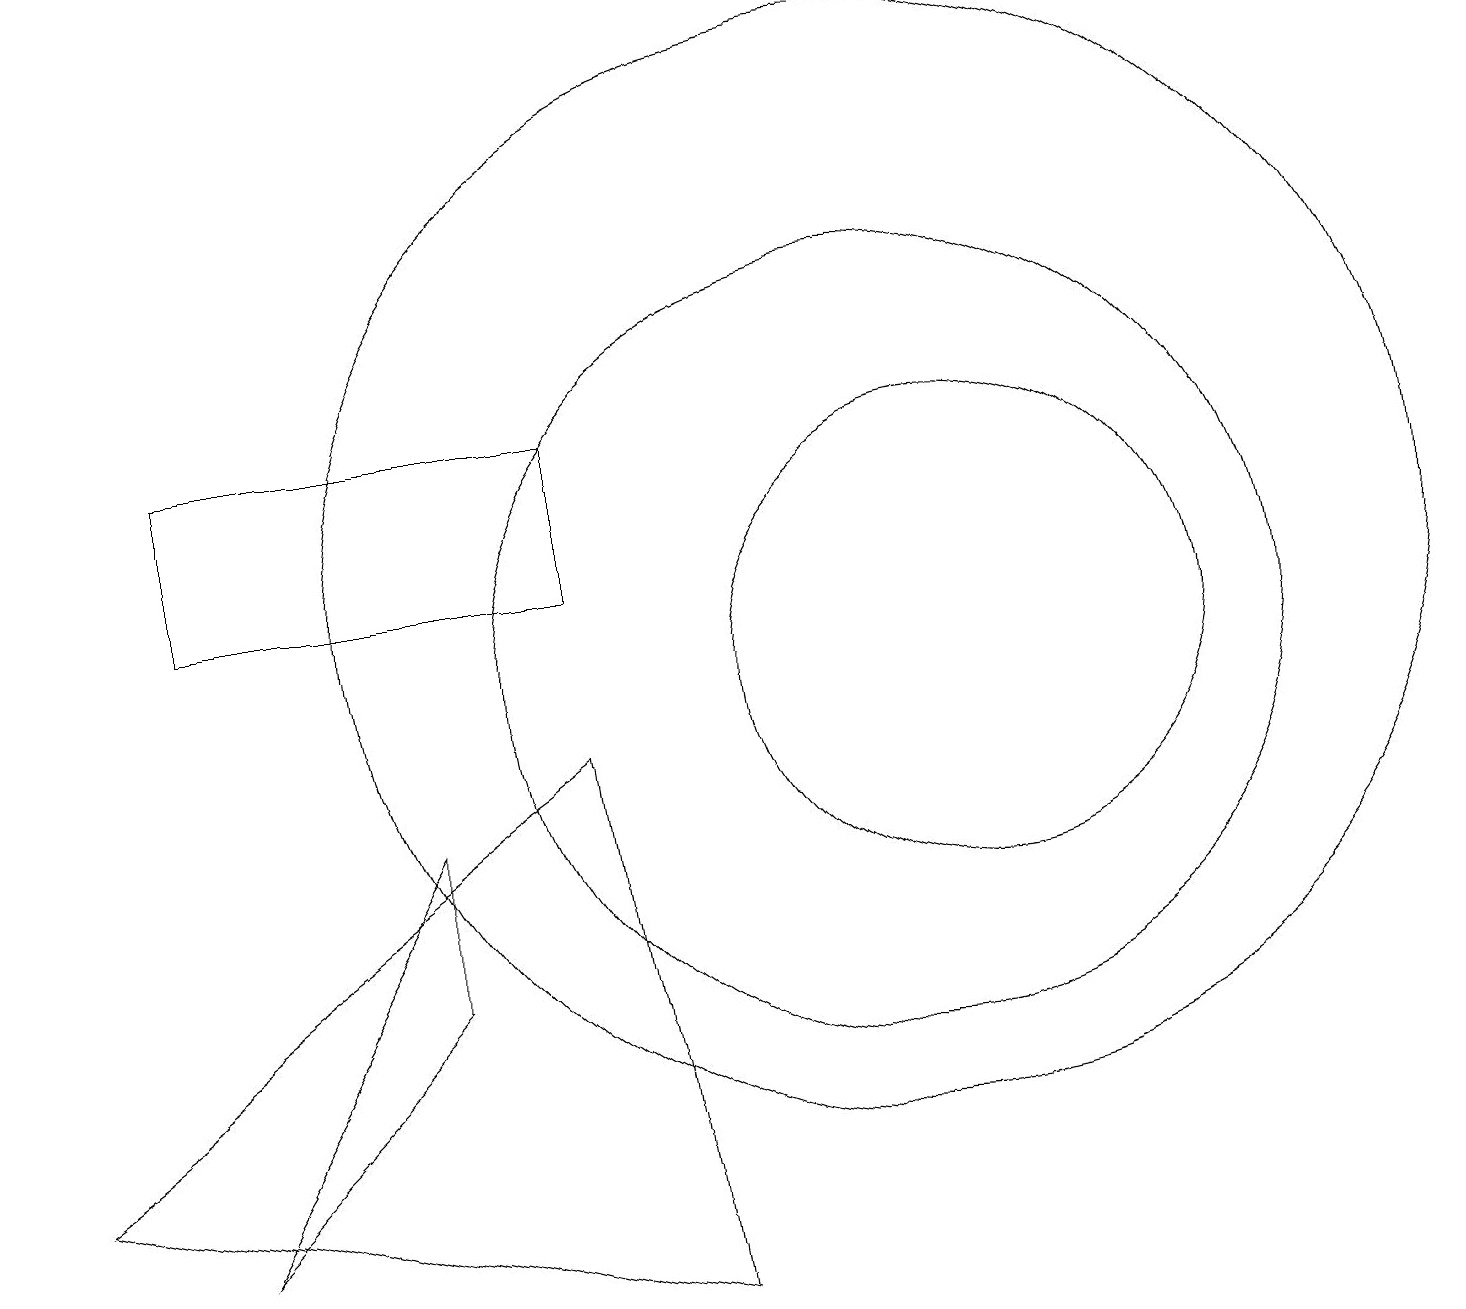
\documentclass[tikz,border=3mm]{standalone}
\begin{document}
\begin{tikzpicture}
\draw (11,11) circle (7);
\draw (5,8) -- (2,3) -- (5,6) -- cycle;
\draw (12,10) circle (3);
\draw (11,10) circle (5);
\draw (2,11) rectangle (7,13);
\draw (7,9) -- (0,4) -- (8,2) -- cycle;
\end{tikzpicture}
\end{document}